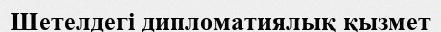
Шетелдегі дипломатиялық қызмет